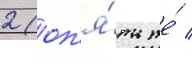
2 (оп'я́ть же́ /